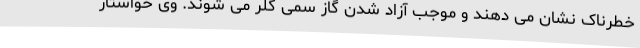
خطرناک نشان می دهند و موجب آزاد شدن گاز سمی کلر می شوند. وی خواستار